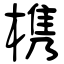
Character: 槜